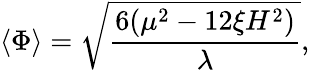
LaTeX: \langle\Phi\rangle=\sqrt{\frac{6({\mu}^{2}-12{\xi}H^{2})}{\lambda}},